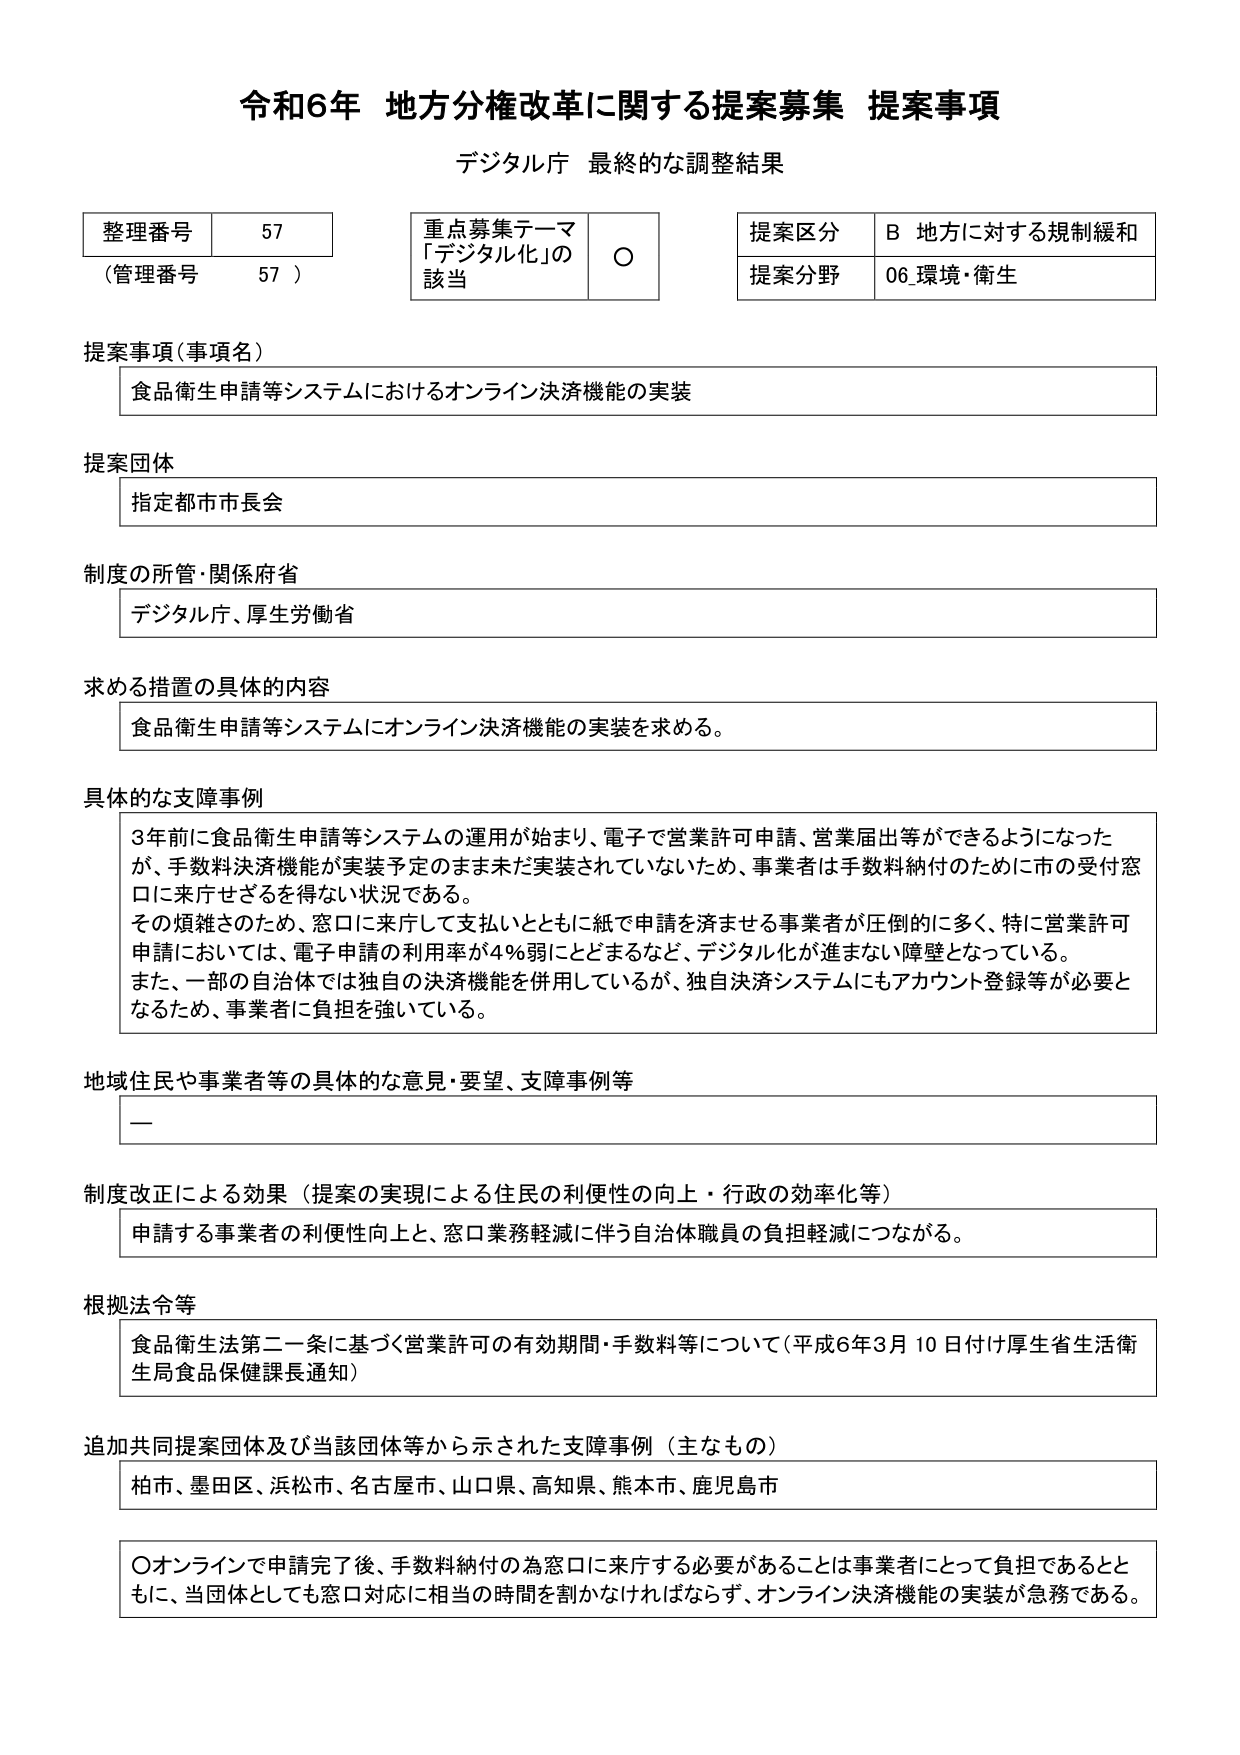
令和6年 地方分権改革に関する提案募集 提案事項
デジタル庁 最終的な調整結果

整理番号 57
（管理番号 57）

重点募集テーマ
「デジタル化」の
該当 ○

提案区分 B 地方に対する規制緩和
提案分野 06 環境・衛生

提案事項（事項名）
食品衛生申請等システムにおけるオンライン決済機能の実装

提案団体
指定都市市長会

制度の所管・関係府省
デジタル庁、厚生労働省

求める措置の具体的内容
食品衛生申請等システムにオンライン決済機能の実装を求める。

具体的な支障事例
3年前に食品衛生申請等システムの運用が始まり、電子で営業許可申請、営業届出等ができるようになったが、手数料決済機能が実装予定のまま未だ実装されていないため、事業者は手数料納付のために市の受付窓口に来庁せざるを得ない状況である。
その煩雑さのため、窓口に来庁して支払いとともに紙で申請を済ませる事業者が圧倒的に多く、特に営業許可申請においては、電子申請の利用率が4％弱にとどまるなど、デジタル化が進まない障壁となっている。
また、一部の自治体では独自の決済機能を併用しているが、独自決済システムにもアカウント登録等が必要となるため、事業者に負担を強いている。

地域住民や事業者等の具体的な意見・要望、支障事例等
ー

制度改正による効果（提案の実現による住民の利便性の向上・行政の効率化等）
申請する事業者の利便性向上と、窓口業務軽減に伴う自治体職員の負担軽減につながる。

根拠法令等
食品衛生法第二一条に基づく営業許可の有効期間・手数料等について（平成6年3月10日付け厚生省生活衛生局食品保健課長通知）

追加共同提案団体及び当該団体等から示された支障事例（主なもの）
柏市、墨田区、浜松市、名古屋市、山口県、高知県、熊本市、鹿児島市

○オンラインで申請完了後、手数料納付の為窓口に来庁する必要があることは事業者にとって負担であるとともに、当団体としても窓口対応に相当の時間を割かなければならないず、オンライン決済機能の実装が急務である。